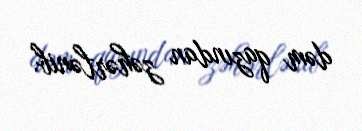
dəm qazından zəhərlənib.